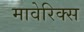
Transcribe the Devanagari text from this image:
मावेरिक्स